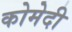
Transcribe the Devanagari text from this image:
कोमेदी